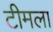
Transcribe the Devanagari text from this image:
टीमला